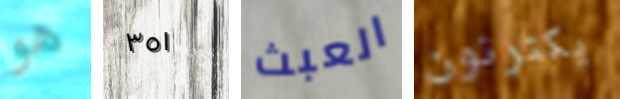
هو ٣٥١ العبث يكترثون